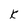
Character: K